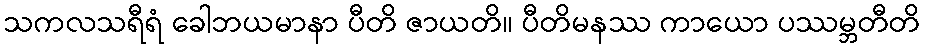
သကလသရီရံ ခေါဘယမာနာ ပီတိ ဇာယတိ။ ပီတိမနဿ ကာယော ပဿမ္ဘတီတိ